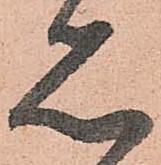
見